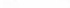
5.下面是某项比赛三个赛段的平面图。245° 00米70°1终点60°起点(1)根据上面的路线图，说一说每一赛段所走的方向和路程。(2)第一小组三个赛段分别用时9分钟、18分钟和8分钟。他们走完全程的平均速度是多少?(得数保留一位小数)